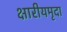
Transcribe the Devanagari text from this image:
क्षारीयमृदा